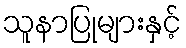
သူနာပြုများနှင့်